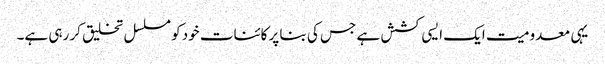
یہی معدومیت ایک ایسی کشش ہے جس کی بنا پر کائنات خود کو مسلسل تخلیق کر رہی ہے۔